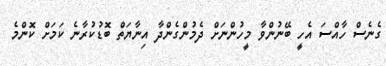
ގެނެސް ހާއްސަ އެހީ ބޭނުންވާ މީހުންނަށް ދެމުންގެންދާ އިނާޔަތް ބޮޑުކުރާނެ ކަމަށް ކޮންމެ